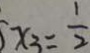
x _ { 3 } = \frac { 1 } { 2 }